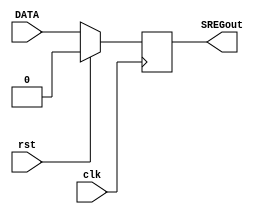
module simpleREG #(parameter W=1) (DATA,clk,rst,SREGout);
input rst,clk;
input [W-1:0] DATA;
output reg [W-1:0] SREGout;


always @(posedge clk)
begin
	if(rst==1)
		begin
			SREGout<=0;
		end
	else
		begin
		
			SREGout<=DATA;
		end

end

endmodule